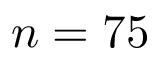
n = 7 5